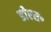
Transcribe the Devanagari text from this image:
डीएस॰